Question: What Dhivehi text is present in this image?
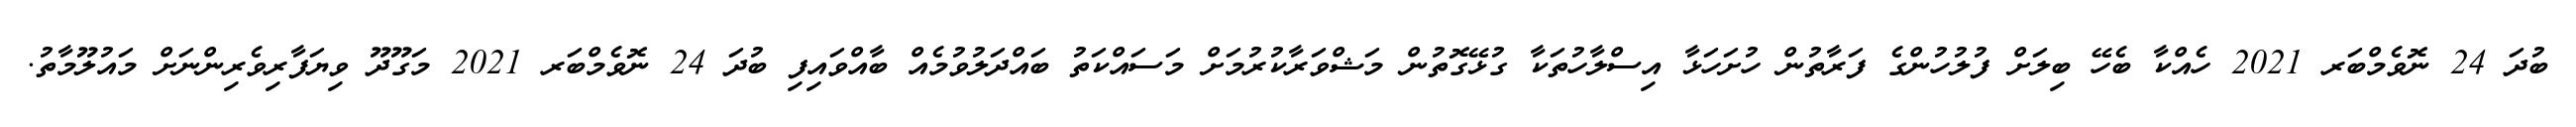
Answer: ބުދަ 24 ނޮވެމްބަރ 2021 ހެއްކާ ބެހޭ ބިލަށް ފުލުހުންގެ ފަރާތުން ހުށަހަޅާ އިސްލާހުތަކާ ގުޅޭގޮތުން މަޝްވަރާކުރުމަށް މަސައްކަތު ބައްދަލުވުމެއް ބާއްވައިފި ބުދަ 24 ނޮވެމްބަރ 2021 މަގޫދޫ ވިޔަފާރިވެރިންނަށް މައުލޫމާތު.